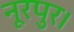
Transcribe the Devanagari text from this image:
नूरपुर।